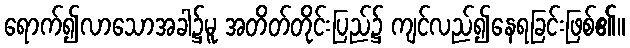
ရောက်၍လာသောအခါ၌မူ အတိတ်တိုင်းပြည်၌ ကျင်လည်၍နေရခြင်းဖြစ်၏။